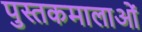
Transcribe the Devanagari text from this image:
पुस्तकमालाओं